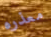
معذره